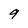
Character: 9